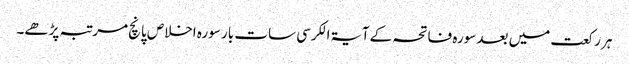
ہر رکعت میں بعد سورہ فاتحہ کے آیۃ الکرسی سات بار سورہ اخلاص پانچ مرتبہ پڑھے۔